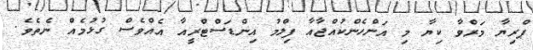
ޕްރިޔާ މަރްވާ ކިޔާ މި އަންހެންކުއްޖާއާ ފިލްމު އިންޑަސްޓްރީއާ އެއްވެސް ގުޅުމެއް ނެތެވެ.